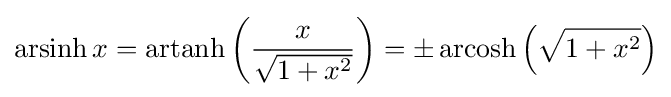
\operatorname {arsinh} x=\operatorname {artanh} \left({\frac {x}{\sqrt {1+x^{2}}}}\right)=\pm \operatorname {arcosh} \left({\sqrt {1+x^{2}}}\right)